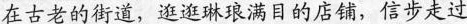
在古老的街道，逛逛琳琅满目的店铺，信步走过